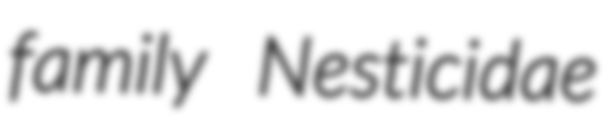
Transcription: family Nesticidae